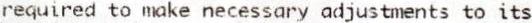
REQUIRED TO MAKE NECESSARY ADJUSTMENTS TO ITS